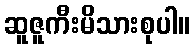
ဆူဇူကီးမိသားစုပါ။